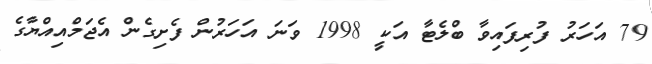
79 އަހަރު ފުރިފައިވާ ބްލެޓާ އަކީ 1998 ވަނަ އަހަރުން ފެށިގެން އެޖަމްއިއްޔާގެ